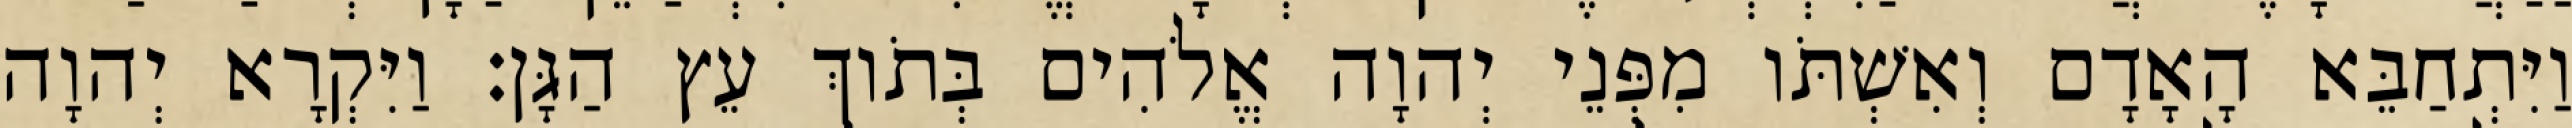
וַיִּתְחַבֵּא הָאָדָם וְאִשְׁתֹּו מִפְּנֵי יְהוָה אֱלֹהִים בְּתֹוךְ עֵץ הַגָּן׃ וַיִּקְרָא יְהוָה